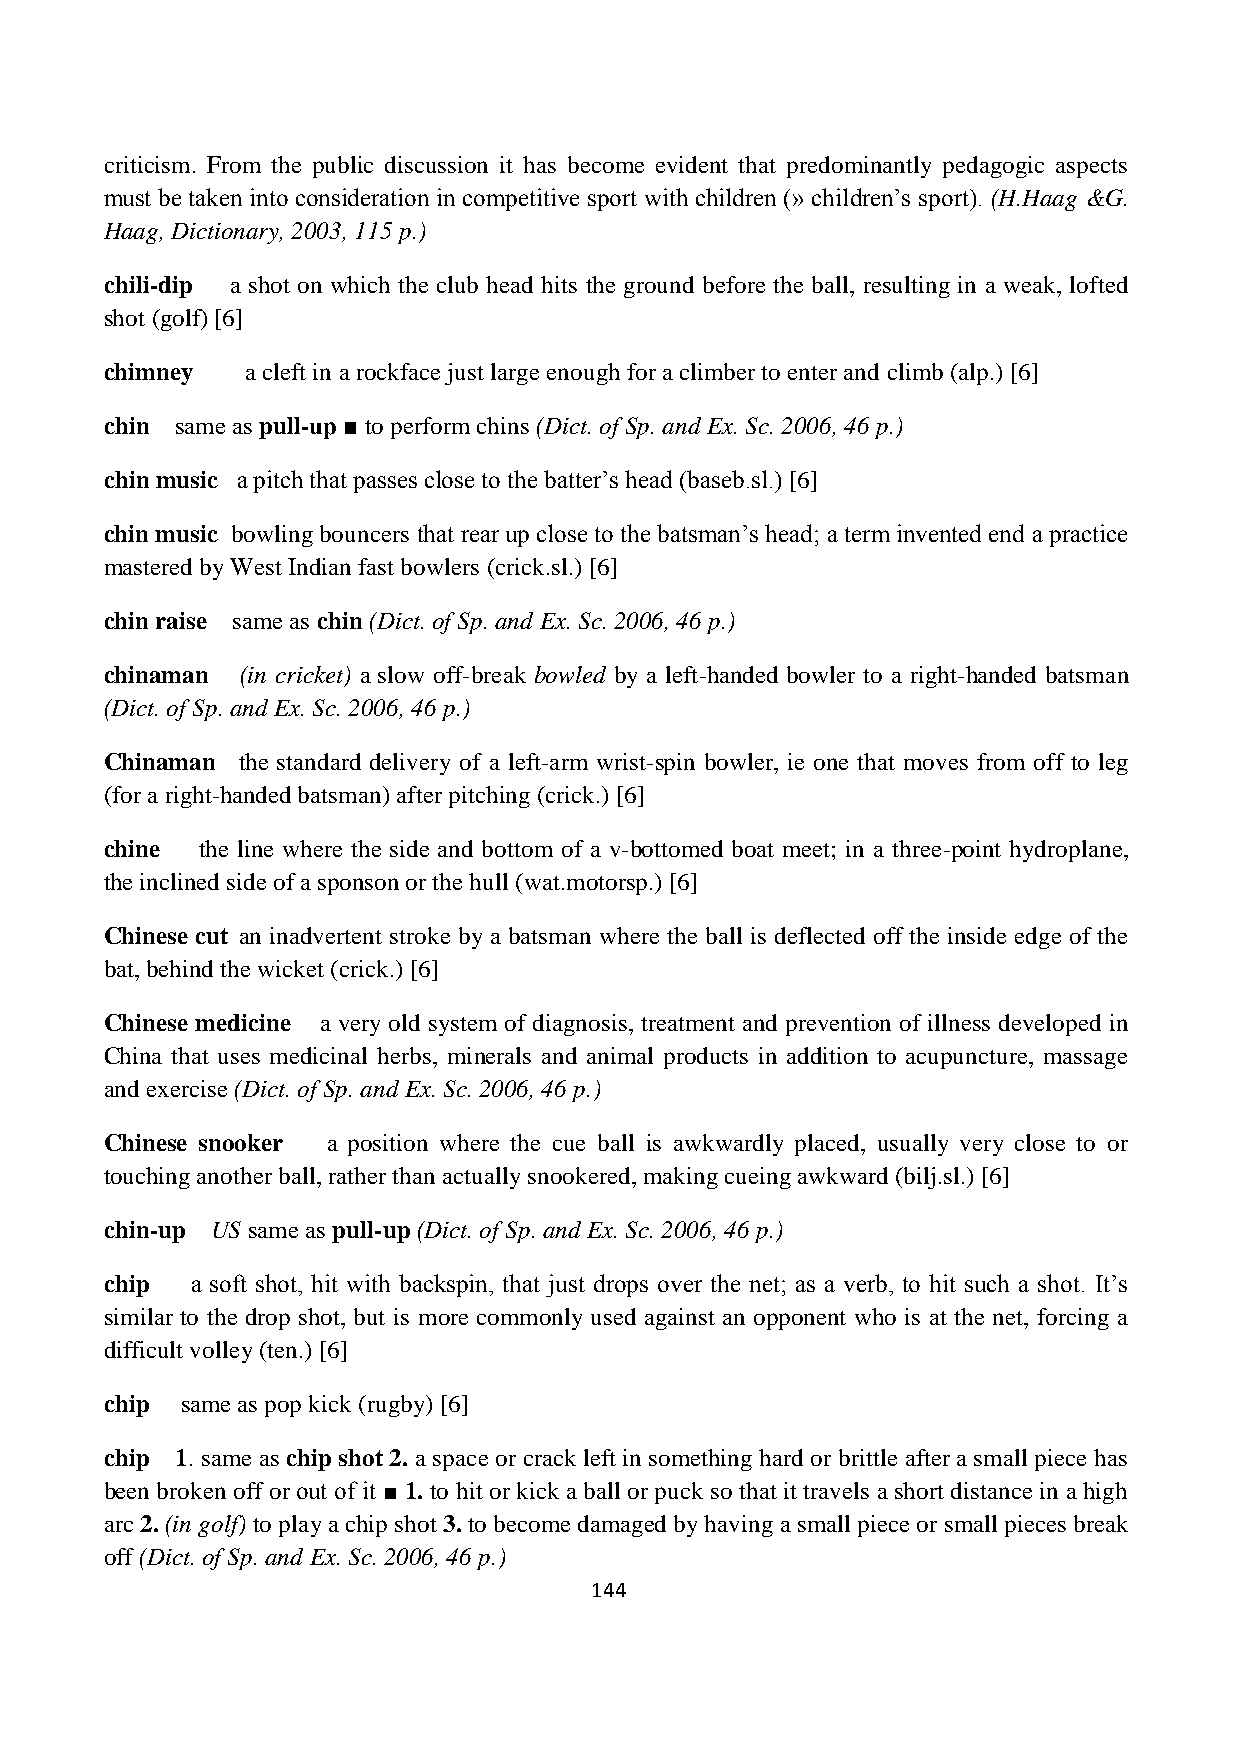
criticism. From the public discussion it has become evident that predominantly pedagogic aspects
 must be taken into consideration in competitive sport with children (» children’s sport). (H.Haag &G.
 Haag, Dictionary, 2003, 115 p.)
 chili-dip a shot on which the club head hits the ground before the ball, resulting in a weak, lofted
 shot (golf) [6]
 chimney  a cleft in a rockface just large enough for a climber to enter and climb (alp.) [6]
 chin same as pull-up ■ to perform chins (Dict. of Sp. and Ex. Sc. 2006, 46 p.)
 chin music a pitch that passes close to the batter’s head (baseb.sl.) [6]
 chin music bowling bouncers that rear up close to the batsman’s head; a term invented end a practice
 mastered by West Indian fast bowlers (crick.sl.) [6]
 chin raise same as chin (Dict. of Sp. and Ex. Sc. 2006, 46 p.)
 chinaman (in cricket) a slow off-break bowled by a left-handed bowler to a right-handed batsman
 (Dict. of Sp. and Ex. Sc. 2006, 46 p.)
 Chinaman the standard delivery of a left-arm wrist-spin bowler, ie one that moves from off to leg
 (for a right-handed batsman) after pitching (crick.) [6]
 chine the line where the side and bottom of a v-bottomed boat meet; in a three-point hydroplane,
 the inclined side of a sponson or the hull (wat.motorsp.) [6]
 Chinese cut an inadvertent stroke by a batsman where the ball is deflected off the inside edge of the
 bat, behind the wicket (crick.) [6]
 Chinese medicine a very old system of diagnosis, treatment and prevention of illness developed in
 China that uses medicinal herbs, minerals and animal products in addition to acupuncture, massage
 and exercise (Dict. of Sp. and Ex. Sc. 2006, 46 p.)
 Chinese snooker a position where the cue ball is awkwardly placed, usually very close to or
 touching another ball, rather than actually snookered, making cueing awkward (bilj.sl.) [6]
 chin-up US same as pull-up (Dict. of Sp. and Ex. Sc. 2006, 46 p.)
 chip  a soft shot, hit with backspin, that just drops over the net; as a verb, to hit such a shot. It’s
 similar to the drop shot, but is more commonly used against an opponent who is at the net, forcing a
 difficult volley (ten.) [6]
 chip same as pop kick (rugby) [6]
 chip 1. same as chip shot 2. a space or crack left in something hard or brittle after a small piece has
 been broken off or out of it ■ 1. to hit or kick a ball or puck so that it travels a short distance in a high
 arc 2. (in golf) to play a chip shot 3. to become damaged by having a small piece or small pieces break
 off (Dict. of Sp. and Ex. Sc. 2006, 46 p.)
 144